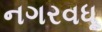
નગરવધૂ